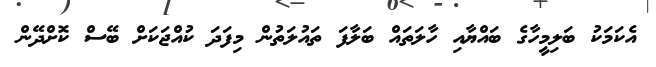
އެކަމަކު ބަލިމީހާގެ ބައްޔާއި ހާލަތައް ބަލާފަ ތައުލަތުން މިފަދަ ކުއްޖަކަށް ބޭސް ކޮށްދޭން